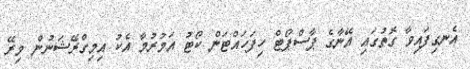
އެނގިފައިވާ ގޮތުގައި އޭނާގެ ޕާސްޕޯޓް ހިފަހައްޓަން ކޯޓު އަމުރުމާ އެކު އިމިގްރޭޝަނުން މިރޭ